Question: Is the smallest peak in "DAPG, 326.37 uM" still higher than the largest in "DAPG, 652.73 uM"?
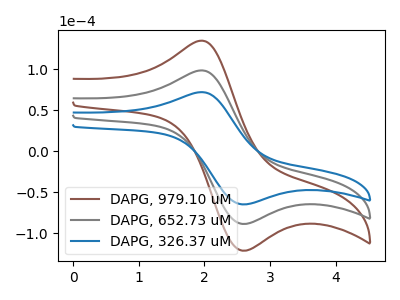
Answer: <think>The brown curve "DAPG, 979.10 uM" has an anodic peak at (1.95V, 197.05uA) and a cathodic peak at (2.65V, -177.20uA). The gray curve "DAPG, 652.73 uM" has an anodic peak at (1.95V, 98.50uA) and a cathodic peak at (2.65V, -88.60uA). The blue curve "DAPG, 326.37 uM" has an anodic peak at (1.95V, 72.05uA) and a cathodic peak at (2.65V, -64.75uA).</think>
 <answer>Every peak in "DAPG, 326.37 uM" is lower than every peak in "DAPG, 652.73 uM".</answer>
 <eval>lower</eval>